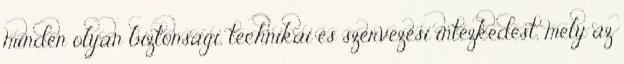
minden olyan biztonsági, technikai és szervezési intézkedést, mely az